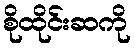
စိုထိုင်းဆကို